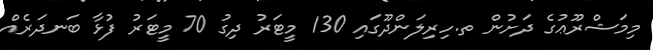
މިމަޝްރޫޢުގެ ދަށުން ތ.ހިރިލަންދޫގައި 130 މީޓަރު ދިގު 70 މީޓަރު ފުޅާ ބަނދަރެއް